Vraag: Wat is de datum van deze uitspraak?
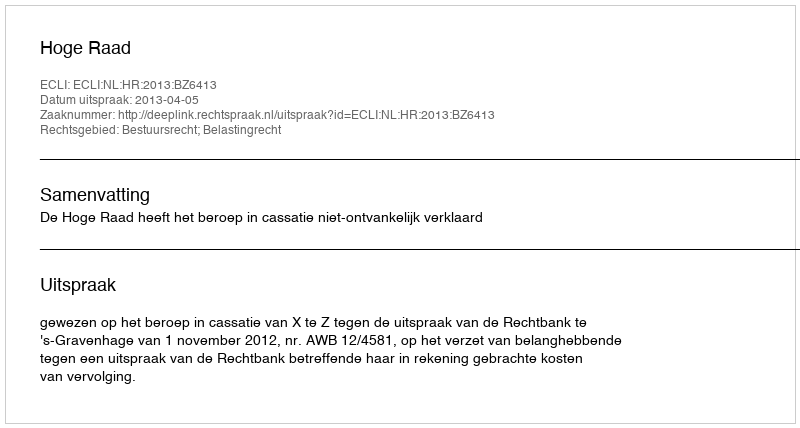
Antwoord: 2013-04-05